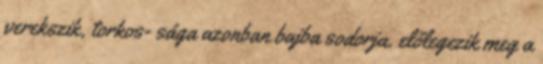
verekszik, torkos- sága azonban bajba sodorja. előlegezik meg a